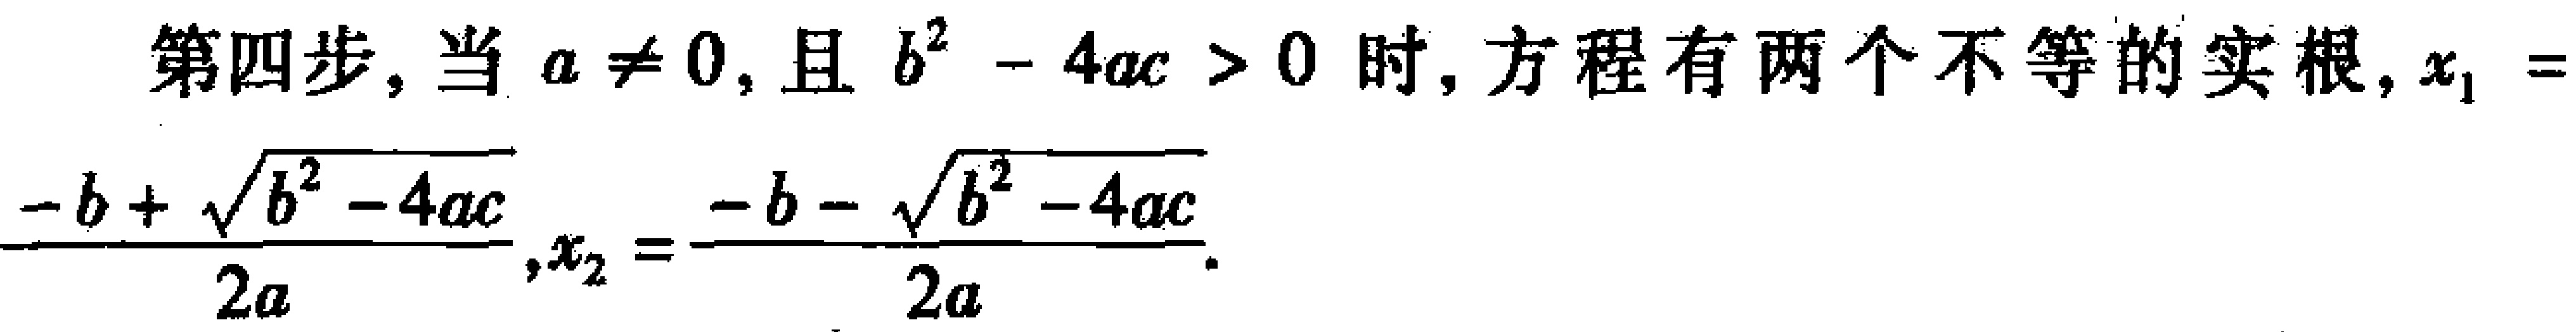
第四步，当 \(a \neq 0\)，且 \(b^{2} - 4ac > 0\) 时，方程有两个不等的实根, \(x_{1} = \frac{-b + \sqrt{b^{2} - 4ac}}{2a},x_{2} = \frac{-b - \sqrt{b^{2} - 4ac}}{2a}\)。